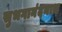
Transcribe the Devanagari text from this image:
सुभगानंदनाथ